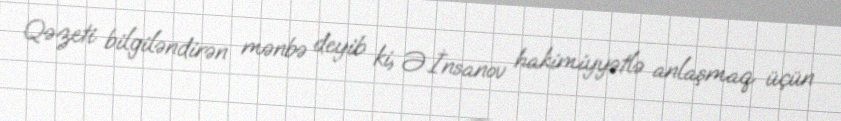
Qəzeti bilgiləndirən mənbə deyib ki, Ə.İnsanov hakimiyyətlə anlaşmaq üçün